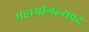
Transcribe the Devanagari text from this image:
महामांगल्यप्रदे